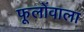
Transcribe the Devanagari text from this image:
फूलोंवाला